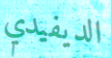
الديفيدي